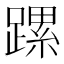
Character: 𨄱